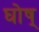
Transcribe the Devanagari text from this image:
घोष्